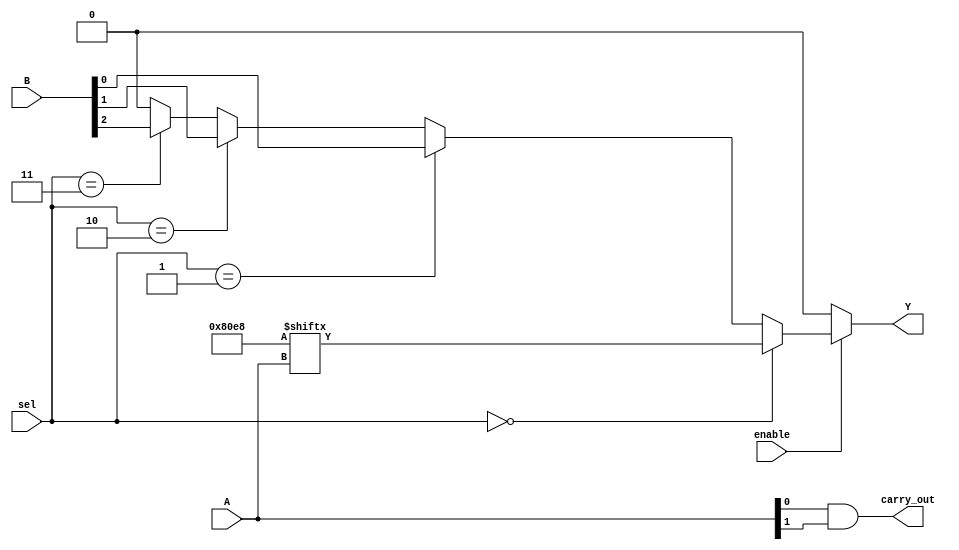
module CLB (
    input wire [3:0] A,          // 4-bit input for LUT
    input wire [1:0] sel,        // 2-bit selector for multiplexer
    input wire enable,           // Enable signal
    input wire [3:0] B,          // Additional inputs for multiplexer
    output wire Y,               // Output of the CLB
    output wire carry_out        // Carry output for arithmetic operations
);

    // Lookup Table (LUT) implementation
    reg [15:0] lut; // 16 possible combinations for 4 inputs
    wire lut_out;

    // Initialize LUT with a specific truth table (example: AND function)
    initial begin
        lut = 16'b0000000000000000; // All outputs are 0
        lut[3] = 1; // A[0] & A[1]
        lut[5] = 1; // A[0] & A[2]
        lut[6] = 1; // A[1] & A[2]
        lut[7] = 1; // A[0] & A[1] & A[2]
        lut[15] = 1; // All inputs high
    end

    assign lut_out = lut[A]; // LUT output based on input A

    // Multiplexer to select between LUT output and additional input B
    wire mux_out;
    assign mux_out = (sel == 2'b00) ? lut_out :
                     (sel == 2'b01) ? B[0] :
                     (sel == 2'b10) ? B[1] :
                     (sel == 2'b11) ? B[2] : 1'b0;

    // Enable signal control
    assign Y = enable ? mux_out : 1'b0;

    // Simple carry logic (example: carry out from a 2-bit addition)
    wire carry_in = 1'b0; // Assuming no carry in for simplicity
    assign carry_out = (A[0] & A[1]) | (A[0] & carry_in) | (A[1] & carry_in);

endmodule